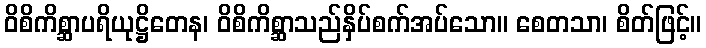
ဝိစိကိစ္ဆာပရိယုဋ္ဌိတေန၊ ဝိစိကိစ္ဆာသည်နှိပ်စက်အပ်သော။ စေတသာ၊ စိတ်ဖြင့်။